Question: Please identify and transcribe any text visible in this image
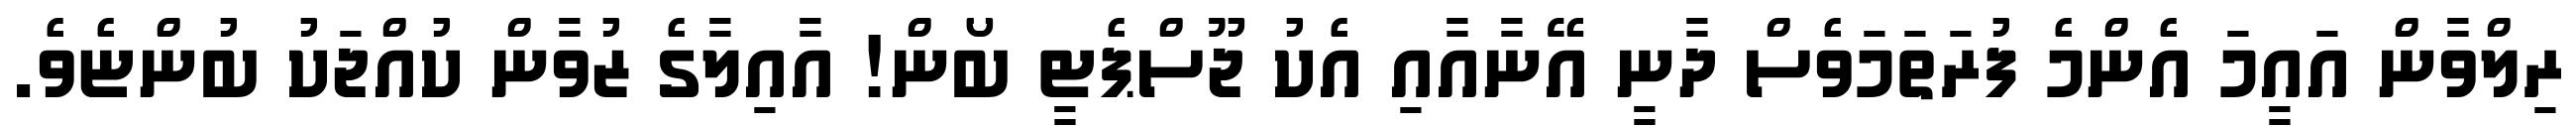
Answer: ރިލްވާން އައީމަ އެންމެ ފުރަތަމަވެސް ދާނީ އޭނާއާއި އެކު ޖޫސްޕެޓީ ބޯން! އާއިލާގެ ޒުވާން ކުއްޖަކު ބުންޏެވެ.